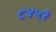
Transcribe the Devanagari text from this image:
८४५२